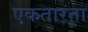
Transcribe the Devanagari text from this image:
एकतारता